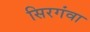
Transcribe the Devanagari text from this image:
सिरगंवा